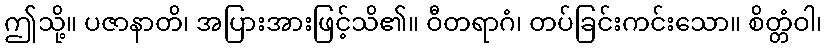
ဤသို့။ ပဇာနာတိ၊ အပြားအားဖြင့်သိ၏။ ဝီတရာဂံ၊ တပ်ခြင်းကင်းသော။ စိတ္တံဝါ၊